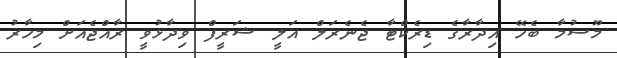
މޫސުމާ ބެހޭ އިދާރާގެ ޑިރެކްޓާ ޖެނެރަލް އަލީ ޝަރީފް ވިދާޅުވީ ރާއްޖެއަށް މިހާރު